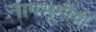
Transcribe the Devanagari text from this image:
नागभूमीची